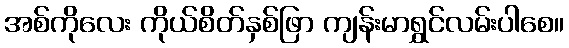
အစ်ကိုလေး ကိုယ်စိတ်နှစ်ဖြာ ကျန်းမာရွှင်လမ်းပါစေ။